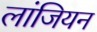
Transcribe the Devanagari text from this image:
लांजियन